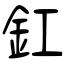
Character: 釭